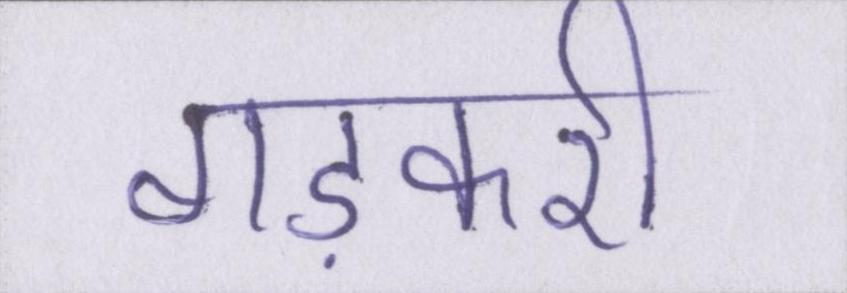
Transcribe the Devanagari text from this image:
गड़करी